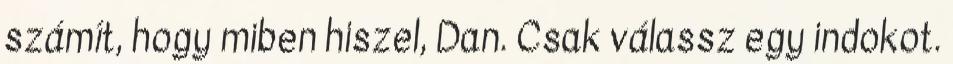
számít, hogy miben hiszel, Dan. Csak válassz egy indokot.